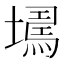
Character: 𡑹